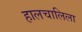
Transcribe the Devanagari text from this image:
हालचालिला